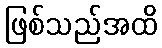
ဖြစ်သည်အထိ